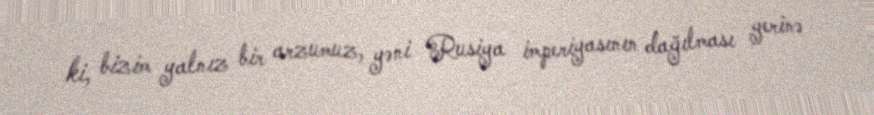
ki, bizim yalnız bir arzumuz, yəni Rusiya imperiyasının dağılması yerinə